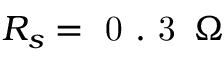
R _ { s } = \mathrm { ~ 0 ~ . ~ 3 ~ } \, \Omega